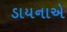
ડાયનાએ